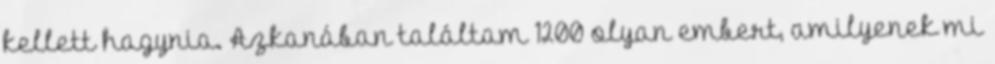
kellett hagynia. Azkanában találtam 1200 olyan embert, amilyenek mi